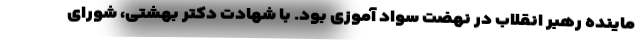
ماینده رهبر انقلاب در نهضت سواد آموزی بود. با شهادت دکتر بهشتی، شورای